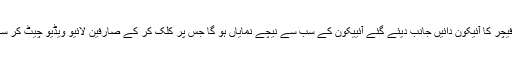
گو لائیو فیچر کا آئیکون دائیں جانب دیئے گئے آئییکون کے سب سے نیچے نمایاں ہو گا جس پر کلک کر کے صارفین لائیو ویڈیو چیٹ کر سکتے ہیں۔